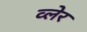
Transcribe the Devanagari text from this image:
व्‍लेर